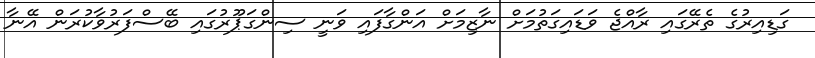
ގަޑިއިރުގެ ތެރޭގައި ރާއްޖެ ވަޑައިގަތުމަށް ނާޒިމަށް އަންގާފައި ވަނީ ސިންގަޕޫރުގައި ބޭސްފަރުވާކުރަން އޭނާ